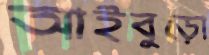
আইবুড়ো